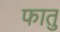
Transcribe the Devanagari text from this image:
फातु